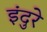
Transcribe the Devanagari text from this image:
इंदुरे